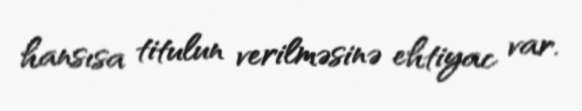
hansısa titulun verilməsinə ehtiyac var.